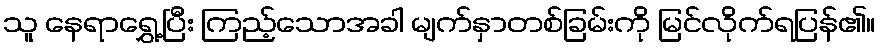
သူ နေရာရွှေ့ပြီး ကြည့်သောအခါ မျက်နှာတစ်ခြမ်းကို မြင်လိုက်ရပြန်၏။